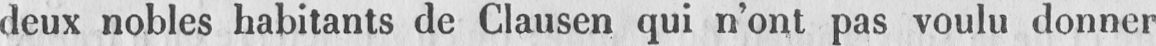
deux nobles habitants de Clausen qui n’ont pas voulu donner